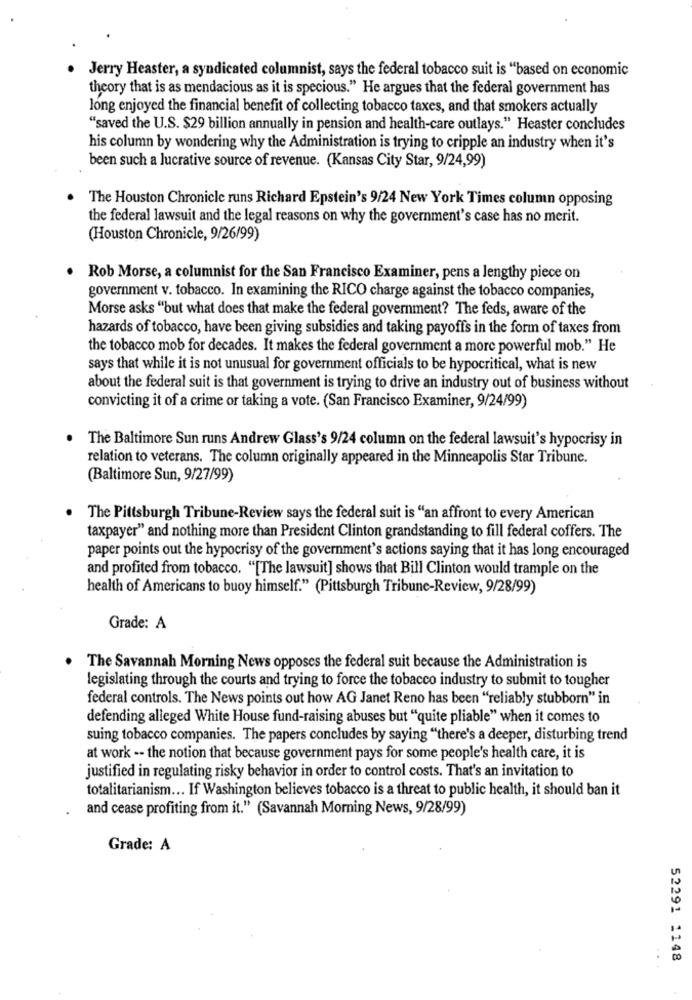
Jerry Heaster, a syndicated columnist, says the federal tobacco suit is "based on economic
theory that is as mendacious as it is specious." He argues that the federal government has
long enjoyed the financial benefit of collecting tobacco taxes, and that smokers actually
"saved the U.S. $29 billion annually in pension and health-care outlays." Heaster concludes
his column by wondering why the Administration is trying to cripple an industry when it's
been such a lucrative source of revenue. (Kansas City Star, 9/24,99)
The Houston Chronicle runs Richard Epstein's 9/24 New York Times column opposing
the federal lawsuit and the legal reasons on why the government's case has no merit.
(Houston Chronicle, 9/26/99)
Rob Morse, a columnist for the San Francisco Examiner, pens a lengthy piece on
government v. tobacco. In examining the RICO charge against the tobacco companies,
Morse asks "but what does that make the federal government? The feds, aware of the
hazards of tobacco, have been giving subsidies and taking payoffs in the form of taxes from
the tobacco mob for decades. It makes the federal government a more powerful mob." He
says that while it is not unusual for government officials to be hypocritical, what is new
about the federal suit is that government is trying to drive an industry out of business without
convicting it of a crime or taking a vote. (San Francisco Examiner, 9/24/99)
The Baltimore Sun runs Andrew Glass's 9/24 column on the federal lawsuit's hypocrisy in
relation to veterans. The column originally appeared in the Minneapolis Star Tribune.
(Baltimore Sun, 9/27/99)
The Pittsburgh Tribune-Review says the federal suit is "an affront to every American
taxpayer" and nothing more than President Clinton grandstanding to fill federal coffers. The
paper points out the hypocrisy of the government's actions saying that it has long encouraged
and profited from tobacco. "[The lawsuit] shows that Bill Clinton would trample on the
health of Americans to buoy himself." (Pittsburgh Tribune-Review, 9/28/99)
Grade: A
The Savannah Morning News opposes the federal suit because the Administration is
legislating through the courts and trying to force the tobacco industry to submit to tougher
federal controls. The News points out how AG Janet Reno has been "reliably stubborn" in
defending alleged White House fund-raising abuses but "quite pliable" when it comes to
suing tobacco companies. The papers concludes by saying "there's a deeper, disturbing trend
at work -- the notion that because government pays for some people's health care, it is
justified in regulating risky behavior in order to control costs. That's an invitation to
totalitarianism ... If Washington believes tobacco is a threat to public health, it should ban it
and cease profiting from it." (Savannah Morning News, 9/28/99)
Grade: A
52291 1148
...
.